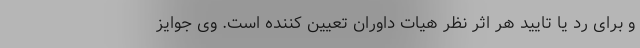
و برای رد یا تایید هر اثر نظر هیات داوران تعیین‌ کننده است. وی جوایز